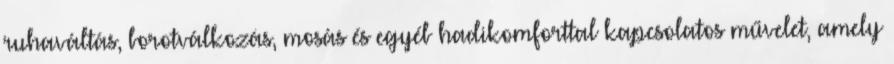
ruhaváltás, borotválkozás, mosás és egyéb hadikomforttal kapcsolatos művelet, amely